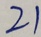
2 1